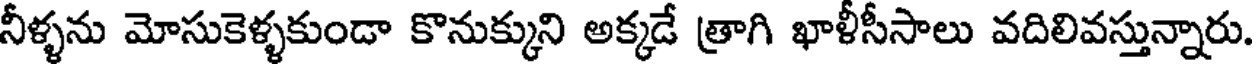
నీళ్ళను మోసుకెళ్ళకుండా కొనుక్కుని అక్కడే త్రాగి ఖాళీసీసాలు వదిలివస్తున్నారు.